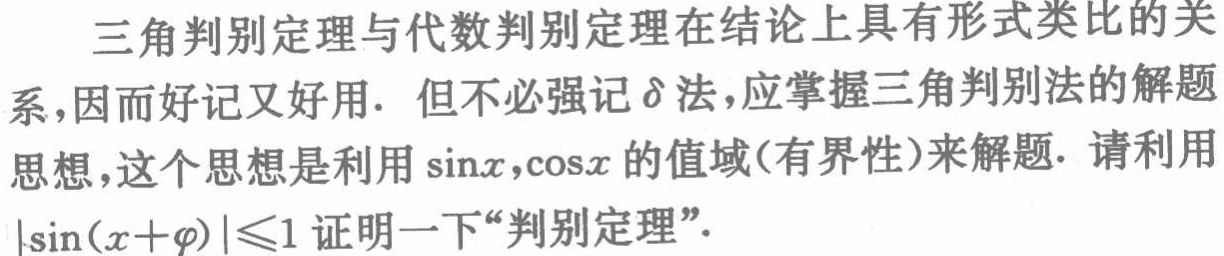
三角判别定理与代数判别定理在结论上具有形式类比的关

系,因而好记又好用. 但不必强记$\delta$法,应掌握三角判别法的解题

思想,这个思想是利用$\sin x,\cos x$的值域(有界性)来解题. 请利用

$|\sin(x + \varphi)|\leq1$证明一下“判别定理”.